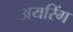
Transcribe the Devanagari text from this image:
अयरिंग